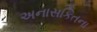
અનાસકિતના